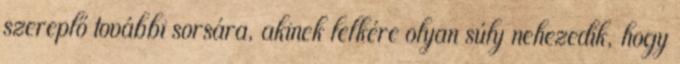
szereplő további sorsára, akinek lelkére olyan súly nehezedik, hogy